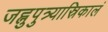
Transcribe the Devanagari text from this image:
जह्नुपुत्र्यास्रिकालं